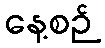
နေ့စဉ်